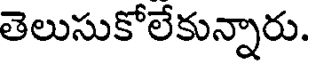
తెలుసుకోలేకున్నారు.